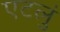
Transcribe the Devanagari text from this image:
एटलुं